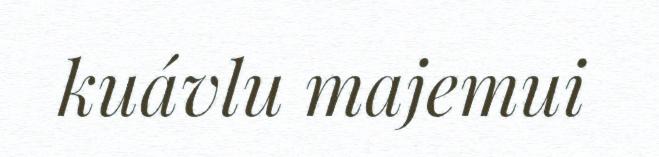
kuávlu majemui